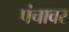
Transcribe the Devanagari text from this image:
पंचावर